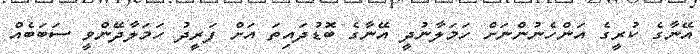
އޭނާގެ ކުރީގެ އަންހެނުންނަށް ހަމަލާނުދީ އޭނާގެ ބޮޑުދައިތަ އަށް ފަރީދު ހަމަލާދޭންވީ ސަބަބެއް